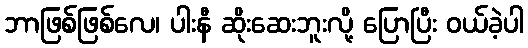
ဘာဖြစ်ဖြစ်လေ၊ ပါးနီ ဆိုးဆေးဘူးလို့ ပြောပြီး ဝယ်ခဲ့ပါ